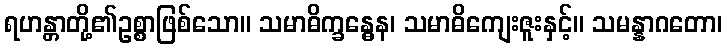
ရဟန္တာတို့၏ဥစ္စာဖြစ်သော။ သမာဓိက္ခန္ဓေန၊ သမာဓိကျေးဇူးနှင့်။ သမန္နာဂတော၊